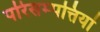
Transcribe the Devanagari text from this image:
परिसम्‍पत्तियां